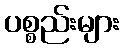
ပစ္စည်းများ